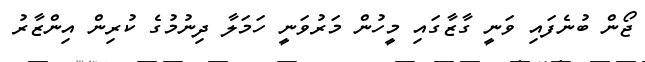
ޖޯން ބުނެފައި ވަނީ ގާޒާގައި މީހުން މަރުވަނީ ހަމަލާ ދިނުމުގެ ކުރިން އިންޒާރު